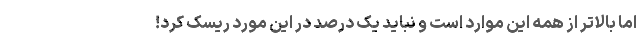
اما بالاتر از همه این موارد است و نباید یک درصد در این مورد ریسک کرد!